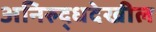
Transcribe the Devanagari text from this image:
अनिरुद्धदेखील